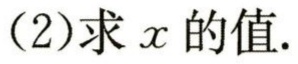
(2)求 \(x\) 的值.